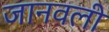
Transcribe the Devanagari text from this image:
जानवली